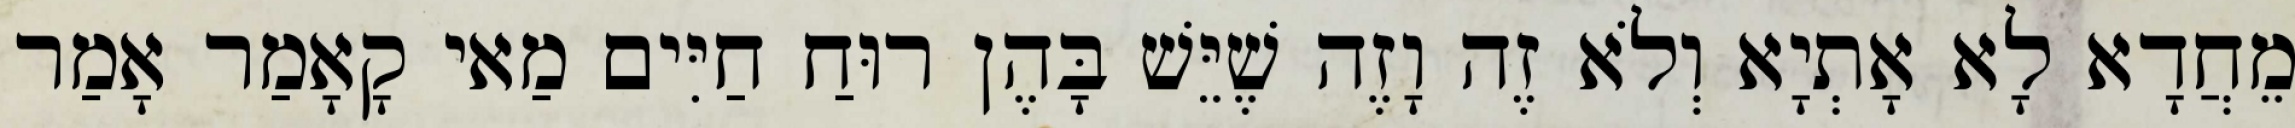
מֵחֲדָא לָא אָתְיָא וְלֹא זֶה וָזֶה שֶׁיֵּשׁ בָּהֶן רוּחַ חַיִּים מַאי קָאָמַר אָמַר